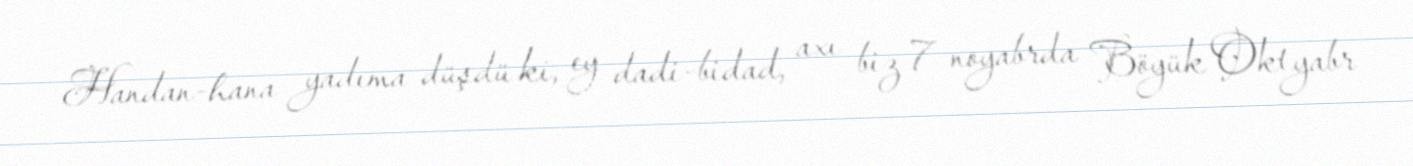
Handan-hana yadıma düşdü ki, ey dadi-bidad, axı biz 7 noyabrda Böyük Oktyabr